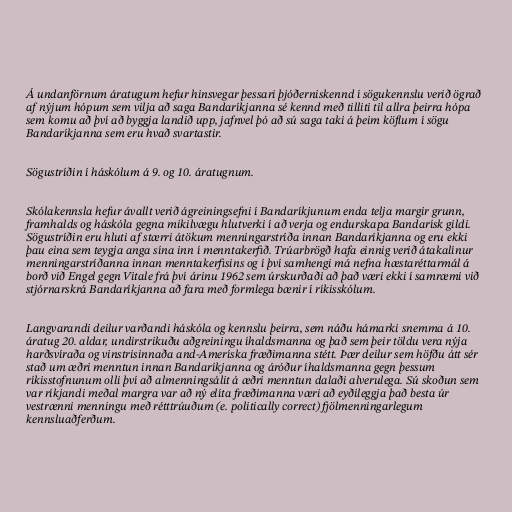
Á undanförnum áratugum hefur hinsvegar þessari þjóðerniskennd í sögukennslu verið ögrað
af nýjum hópum sem vilja að saga Bandaríkjanna sé kennd með tilliti til allra þeirra hópa
sem komu að því að byggja landið upp, jafnvel þó að sú saga taki á þeim köflum í sögu
Bandaríkjanna sem eru hvað svartastir.

Sögustríðin í háskólum á 9. og 10. áratugnum.

Skólakennsla hefur ávallt verið ágreiningsefni í Bandaríkjunum enda telja margir grunn,
framhalds og háskóla gegna mikilvægu hlutverki í að verja og endurskapa Bandarísk gildi.
Sögustríðin eru hluti af stærri átökum menningarstríða innan Bandaríkjanna og eru ekki
þau eina sem teygja anga sína inn í menntakerfið. Trúarbrögð hafa einnig verið átakalínur
menningarstríðanna innan menntakerfisins og í því samhengi má nefna hæstaréttarmál á
borð við Engel gegn Vitale frá því árinu 1962 sem úrskurðaði að það væri ekki í samræmi við
stjórnarskrá Bandaríkjanna að fara með formlega bænir í ríkisskólum.

Langvarandi deilur varðandi háskóla og kennslu þeirra, sem náðu hámarki snemma á 10.
áratug 20. aldar, undirstrikuðu aðgreiningu íhaldsmanna og það sem þeir töldu vera nýja
harðsvíraða og vinstrisinnaða and-Ameríska fræðimanna stétt. Þær deilur sem höfðu átt sér
stað um æðri menntun innan Bandaríkjanna og áróður íhaldsmanna gegn þessum
ríkisstofnunum olli því að almenningsálit á æðri menntun dalaði alverulega. Sú skoðun sem
var ríkjandi meðal margra var að ný elíta fræðimanna væri að eyðileggja það besta úr
vestrænni menningu með rétttrúuðum (e. politically correct) fjölmenningarlegum
kennsluaðferðum.